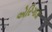
એરિગાડા